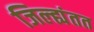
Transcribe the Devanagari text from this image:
जिल्ह्यंतत